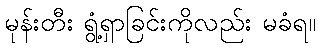
မုန်းတီး ရွံ့ရှာခြင်းကိုလည်း မခံရ။